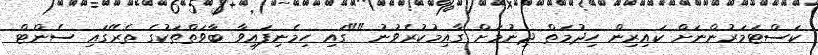
ކަސްޓަމަރުންނަށް ކައިރިން ހިދުމަތް ދިނުމަށް ގާއިމުކުރެވުނު ""ގައި ހިމެނިފައިވާ ބާވަތްތަކުގެ ތެރޭގައި ސެންޓް